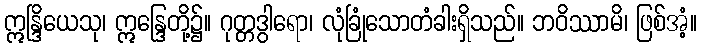
ဣန္ဒြိယေသု၊ ဣန္ဒြေတို့၌။ ဂုတ္တဒွါရော၊ လုံခြုံသောတံခါးရှိသည်။ ဘဝိဿာမိ၊ ဖြစ်အံ့။